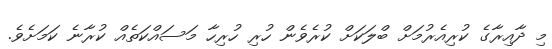
މި ދާއިރާގެ ކުރިއެރުމަށް ބްލަކަށް ކުރެވެން ހުރި ހުރިހާ މަސައްކަތެއް ކުރާނެ ކަމަށެވެ.